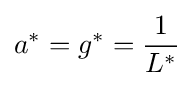
a^{*}=g^{*}={\frac {1}{L^{*}}}